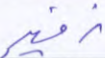
زفير